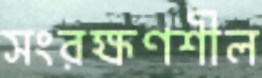
সংরক্ষণশীল